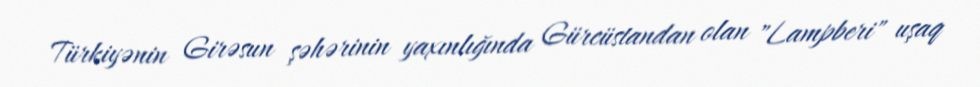
Türkiyənin Girəsun şəhərinin yaxınlığında Gürcüstandan olan "Lampberi" uşaq